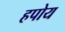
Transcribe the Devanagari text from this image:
हपोय